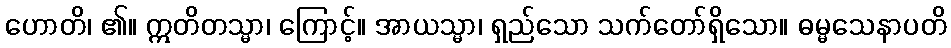
ဟောတိ၊ ၏။ ဣတိတသ္မာ၊ ကြောင့်။ အာယသ္မာ၊ ရှည်သော သက်တော်ရှိသော။ ဓမ္မသေနာပတိ